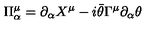
\Pi _ { \alpha } ^ { \mu } = \partial _ { \alpha } X ^ { \mu } - i \bar { \theta } \Gamma ^ { \mu } \partial _ { \alpha } \theta